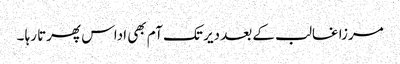
مرزا غالب کے بعد دیر تک آم بھی اداس پھرتا رہا ۔